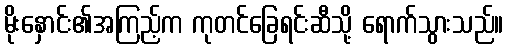
မိုးနှောင်း၏အကြည့်က ကုတင်ခြေရင်းဆီသို့ ရောက်သွားသည်။